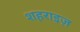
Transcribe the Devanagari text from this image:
शहराइज़